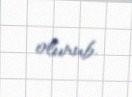
olunub.